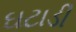
ઘટાડી